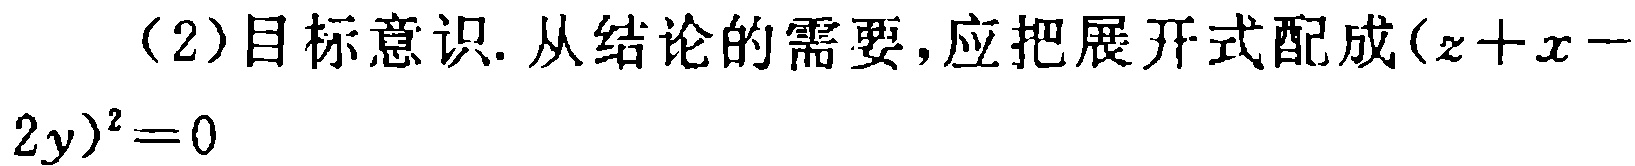
（2）目标意识. 从结论的需要，应把展开式配成\((z + x - 2y)^2 = 0\)